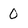
Character: 0